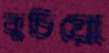
কুচিয়ো